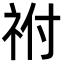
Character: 祔